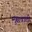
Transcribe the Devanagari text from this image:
मुसवाली